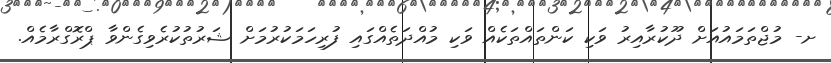
ށ- މުޖްތަމައުއަށް ދޫކުރާއިރު ވަކި ކަންތައްތަކެއް ވަކި މުއްދަތެއްގައި ފުރިހަމަކުރުމަށް ޝަރުތުކުރެވިގެންވާ ޕްރޮގްރާމެއް.